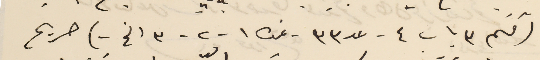
( قسم ٣ باب ٤ - عد ٣٣ - نمره ١ - ٢ - ٣ الخ -) صريح